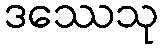
ဒဿေသု